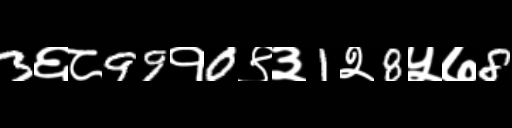
Text: 3६८99१0९३1२8५७8